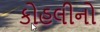
કોહલીનો